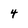
Character: 4